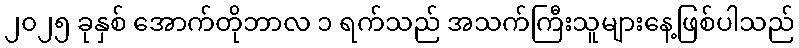
၂၀၂၅ ခုနှစ် အောက်တိုဘာလ ၁ ရက်သည် အသက်ကြီးသူများနေ့ဖြစ်ပါသည်